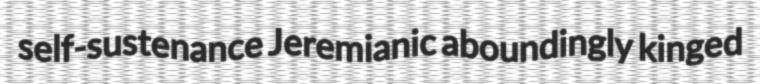
self-sustenance Jeremianic aboundingly kinged